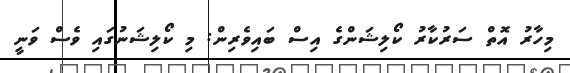
މިހާރު އޮތް ސަރުކާރު ކޯލިޝަންގެ އިސް ބައިވެރިން: މި ކޯލިޝަނުގައި ވެސް ވަނީ